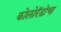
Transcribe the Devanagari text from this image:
कोलोरॅडोचा